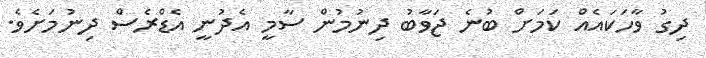
ދިގު ވާހަކައެއް ކަމަށް ބުނެ ޖަވާބު ދިނުމުން ސާމީ އެދުނީ އެޑްރެސް ދިނުމަށެވެ.